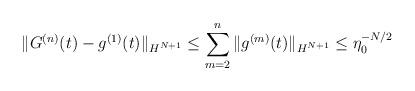
LaTeX: \begin{align*}\|G^{(n)}(t)-g^{(1)}(t)\|_{H^{N+1}}\leq\sum_{m=2}^{n}\|g^{(m)}(t)\|_{H^{N+1}}\leq\eta_0^{-N/2}\end{align*}